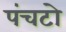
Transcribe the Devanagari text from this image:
पंचटो